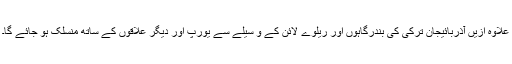
علاوہ ازیں آذربائیجان ترکی کی بندرگاہوں اور ریلوے لائن کے و سیلے سے یورپ اور دیگر علاقوں کے ساتھ منسلک ہو جائے گا۔